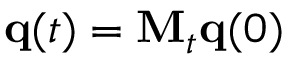
{ \bf q } ( t ) = { \bf M } _ { t } { \bf q } ( 0 )